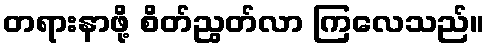
တရားနာဖို့ စိတ်ညွတ်လာ ကြလေသည်။